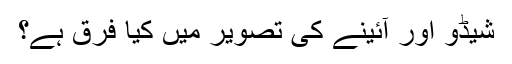
شیڈو اور آئینے کی تصویر میں کیا فرق ہے؟